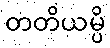
တတိယမ္ပိ